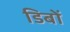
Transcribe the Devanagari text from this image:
डिबों